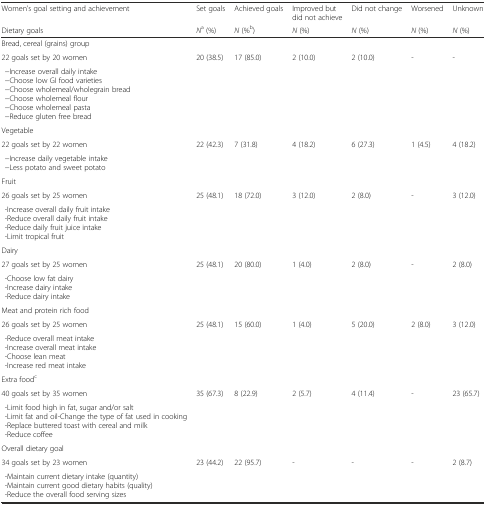
<table><thead><tr><td><b>Women’s goal setting and achievement</b></td><td><b>Set goals</b></td><td><b>Achieved goals</b></td><td><b>Improved but did not achieve</b></td><td><b>Did not change</b></td><td><b>Worsened</b></td><td><b>Unknown</b></td></tr><tr><td><b>Dietary goals</b></td><td><b><i>N</i><sup>a</sup> (%)</b></td><td><b><i>N</i> (%<sup>b</sup>)</b></td><td><b><i>N</i> (%)</b></td><td><b><i>N</i> (%)</b></td><td><b><i>N</i> (%)</b></td><td><b><i>N</i> (%)</b></td></tr></thead><tbody><tr><td>Bread, cereal (grains) group</td><td></td><td></td><td></td><td></td><td></td><td></td></tr><tr><td>22 goals set by 20 women</td><td rowspan="2">20 (38.5)</td><td rowspan="2">17 (85.0)</td><td rowspan="2">2 (10.0)</td><td rowspan="2">2 (10.0)</td><td rowspan="2">-</td><td rowspan="2">-</td></tr><tr><td>−Increase overall daily intake−Choose low GI food varieties−Choose wholemeal/wholegrain bread−Choose wholemeal flour−Choose wholemeal pasta−Reduce gluten free bread</td></tr><tr><td>Vegetable</td><td></td><td></td><td></td><td></td><td></td><td></td></tr><tr><td>22 goals set by 22 women</td><td rowspan="2">22 (42.3)</td><td rowspan="2">7 (31.8)</td><td rowspan="2">4 (18.2)</td><td rowspan="2">6 (27.3)</td><td rowspan="2">1 (4.5)</td><td rowspan="2">4 (18.2)</td></tr><tr><td>−Increase daily vegetable intake−Less potato and sweet potato</td></tr><tr><td>Fruit</td><td></td><td></td><td></td><td></td><td></td><td></td></tr><tr><td>26 goals set by 25 women</td><td rowspan="2">25 (48.1)</td><td rowspan="2">18 (72.0)</td><td rowspan="2">3 (12.0)</td><td rowspan="2">2 (8.0)</td><td rowspan="2">-</td><td rowspan="2">3 (12.0)</td></tr><tr><td>-Increase overall daily fruit intake-Reduce overall daily fruit intake-Reduce daily fruit juice intake-Limit tropical fruit</td></tr><tr><td>Dairy</td><td></td><td></td><td></td><td></td><td></td><td></td></tr><tr><td>27 goals set by 25 women</td><td rowspan="2">25 (48.1)</td><td rowspan="2">20 (80.0)</td><td rowspan="2">1 (4.0)</td><td rowspan="2">2 (8.0)</td><td rowspan="2">-</td><td rowspan="2">2 (8.0)</td></tr><tr><td>-Choose low fat dairy-Increase dairy intake-Reduce dairy intake</td></tr><tr><td>Meat and protein rich food</td><td></td><td></td><td></td><td></td><td></td><td></td></tr><tr><td>26 goals set by 25 women</td><td rowspan="2">25 (48.1)</td><td rowspan="2">15 (60.0)</td><td rowspan="2">1 (4.0)</td><td rowspan="2">5 (20.0)</td><td rowspan="2">2 (8.0)</td><td rowspan="2">3 (12.0)</td></tr><tr><td>-Reduce overall meat intake-Increase overall meat intake-Choose lean meat-Increase red meat intake</td></tr><tr><td>Extra food<sup>c</sup></td><td></td><td></td><td></td><td></td><td></td><td></td></tr><tr><td>40 goals set by 35 women</td><td rowspan="2">35 (67.3)</td><td rowspan="2">8 (22.9)</td><td rowspan="2">2 (5.7)</td><td rowspan="2">4 (11.4)</td><td rowspan="2">-</td><td rowspan="2">23 (65.7)</td></tr><tr><td>-Limit food high in fat, sugar and/or salt-Limit fat and oil-Change the type of fat used in cooking-Replace buttered toast with cereal and milk-Reduce coffee</td></tr><tr><td>Overall dietary goal</td><td></td><td></td><td></td><td></td><td></td><td></td></tr><tr><td>34 goals set by 23 women</td><td rowspan="2">23 (44.2)</td><td rowspan="2">22 (95.7)</td><td rowspan="2">-</td><td rowspan="2">-</td><td rowspan="2">-</td><td rowspan="2">2 (8.7)</td></tr><tr><td>-Maintain current dietary intake (quantity)-Maintain current good dietary habits (quality)-Reduce the overall food serving sizes</td></tr></tbody></table>